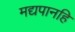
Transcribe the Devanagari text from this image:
मद्यपानहि